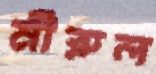
মীরুল